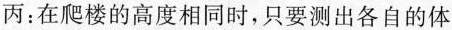
丙：在爬楼的高度相同时，只要测出各自的体